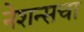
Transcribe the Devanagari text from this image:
नेशन्सचा